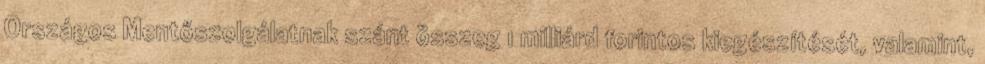
Országos Mentőszolgálatnak szánt összeg 1 milliárd forintos kiegészítését, valamint,